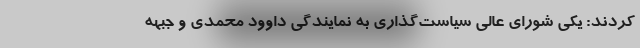
کردند: یکی شورای عالی سیاست‌گذاری به نمایندگی داوود محمدی و جبهه